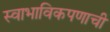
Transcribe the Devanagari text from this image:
स्वाभाविकपणाची